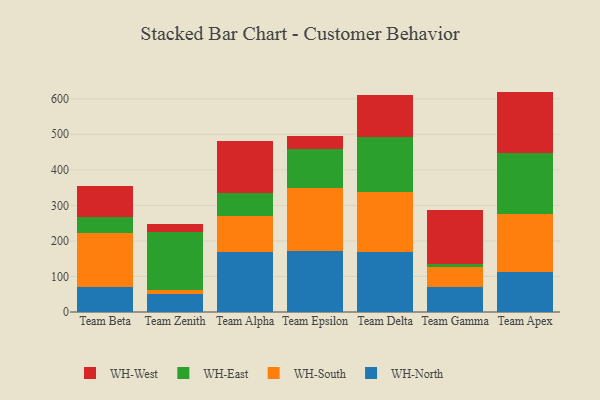
{"axis": {"x": "Team", "y": "Net Income (USD K)"}, "legend": ["WH-East", "WH-North", "WH-South", "WH-West"], "data": [{"x": "Team Beta", "y": 70.4, "type": "WH-North"}, {"x": "Team Beta", "y": 150.6, "type": "WH-South"}, {"x": "Team Beta", "y": 47.1, "type": "WH-East"}, {"x": "Team Beta", "y": 87.1, "type": "WH-West"}, {"x": "Team Zenith", "y": 50.7, "type": "WH-North"}, {"x": "Team Zenith", "y": 10.7, "type": "WH-South"}, {"x": "Team Zenith", "y": 164.8, "type": "WH-East"}, {"x": "Team Zenith", "y": 21.8, "type": "WH-West"}, {"x": "Team Alpha", "y": 169.6, "type": "WH-North"}, {"x": "Team Alpha", "y": 101.5, "type": "WH-South"}, {"x": "Team Alpha", "y": 64.4, "type": "WH-East"}, {"x": "Team Alpha", "y": 145.5, "type": "WH-West"}, {"x": "Team Epsilon", "y": 172.1, "type": "WH-North"}, {"x": "Team Epsilon", "y": 177.3, "type": "WH-South"}, {"x": "Team Epsilon", "y": 108.9, "type": "WH-East"}, {"x": "Team Epsilon", "y": 36.4, "type": "WH-West"}, {"x": "Team Delta", "y": 169.1, "type": "WH-North"}, {"x": "Team Delta", "y": 168.3, "type": "WH-South"}, {"x": "Team Delta", "y": 154.0, "type": "WH-East"}, {"x": "Team Delta", "y": 118.5, "type": "WH-West"}, {"x": "Team Gamma", "y": 71.3, "type": "WH-North"}, {"x": "Team Gamma", "y": 54.1, "type": "WH-South"}, {"x": "Team Gamma", "y": 10.8, "type": "WH-East"}, {"x": "Team Gamma", "y": 151.1, "type": "WH-West"}, {"x": "Team Apex", "y": 111.6, "type": "WH-North"}, {"x": "Team Apex", "y": 164.6, "type": "WH-South"}, {"x": "Team Apex", "y": 171.2, "type": "WH-East"}, {"x": "Team Apex", "y": 172.7, "type": "WH-West"}]}